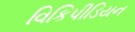
વિકિપીડિયન